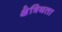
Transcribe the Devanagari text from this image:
क्षेत्रियता